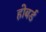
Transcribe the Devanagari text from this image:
होबर्ड